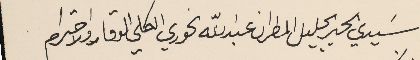
سَيدي الحبر الجليل المطران عبدالله الخوري الكلي الوقار والاحترام